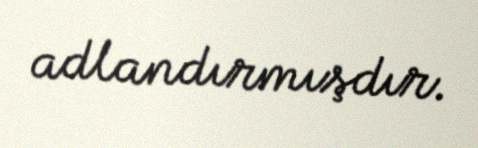
adlandırmışdır.